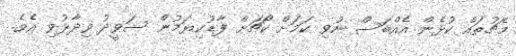
މެޗުތައް ކުޅެން އެއްބަސް ނުވި ކަމަށް ކޯޗަށް ފާޑުކިޔަމުން ސަވީދު ވިދާޅުވި އެވެ.